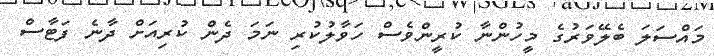
މައްސަލަ ބެލޭވަރުގެ މީހުންނާ ކުރީންވެސް ހަވާލުކުރި ނަމަ ދެން ކުރިއަށް ދާނެ ފަޓާސް